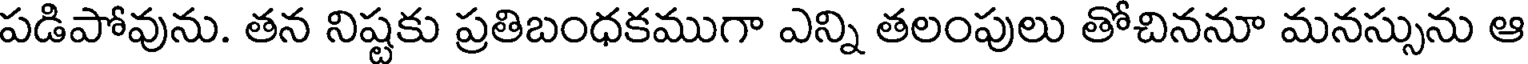
పడిపోవును. తన నిష్టకు ప్రతిబంధకముగా ఎన్ని తలంపులు తోచిననూ మనస్సును ఆ